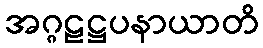
အဂ္ဂဠဋ္ဌပနာယာတိ